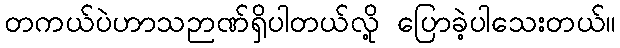
တကယ်ပဲဟာသဉာဏ်ရှိပါတယ်လို့ ပြောခဲ့ပါသေးတယ်။